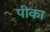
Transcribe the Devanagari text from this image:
पीका